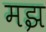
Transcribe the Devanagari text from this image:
मझ